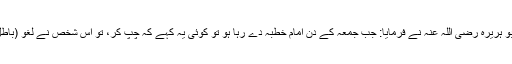
2- سیدنا ابو ہریرہ رضی اللہ عنہ نے فرمایا: جب جمعہ کے دن امام خطبہ دے رہا ہو تو کوئی یہ کہے کہ چپ کر، تو اس شخص نے لغو (باطل) کام کیا۔